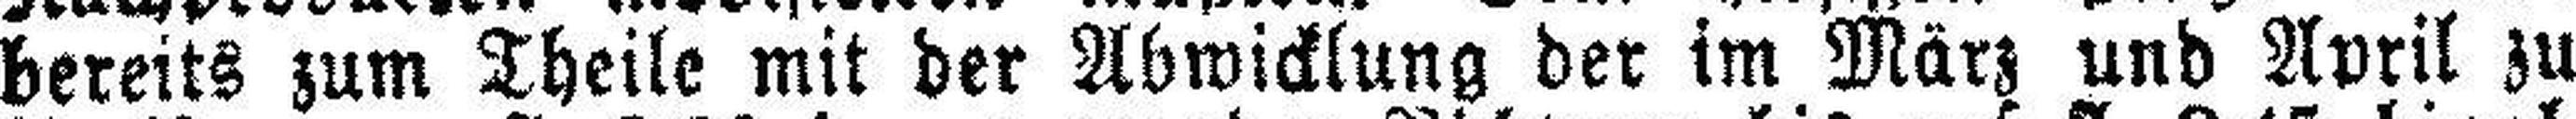
bereits zum Theile mit der Abwicklung der im März und April zu